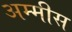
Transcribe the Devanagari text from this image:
अम्मीस